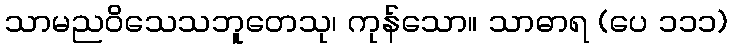
သာမညဝိသေသဘူတေသု၊ ကုန်သော။ သာဓာရ (ပေ ၁၁၁)